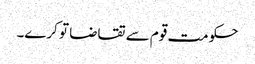
حکومت قوم سے تقاضا تو کرے۔